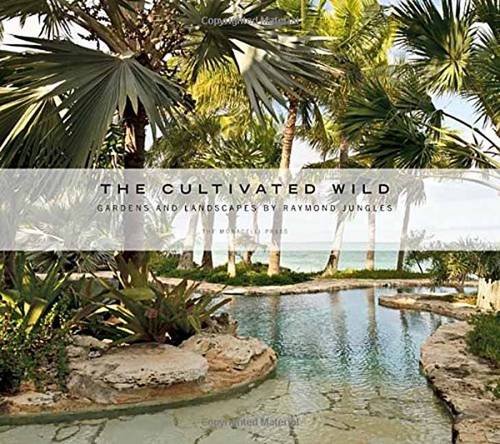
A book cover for The Cultivated Wild: Gardens and Landscapes by Raymond Jungles; Raymond Jungles; Crafts, Hobbies & Home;